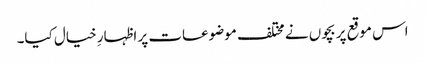
اس موقع پر بچوں نے مختلف موضوعات پر اظہارِ خیال کیا۔